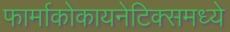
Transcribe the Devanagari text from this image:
फार्माकोकायनेटिक्समध्ये